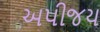
અપીજય